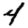
Digit: 4